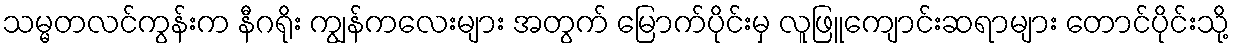
သမ္မတလင်ကွန်းက နီဂရိုး ကျွန်ကလေးများ အတွက် မြောက်ပိုင်းမှ လူဖြူကျောင်းဆရာများ တောင်ပိုင်းသို့